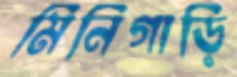
মিনিগাড়ি